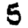
Digit: 5